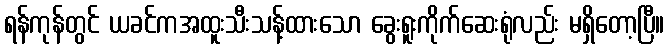
ရန်ကုန်တွင် ယခင်ကအထူးသီးသန့်ထားသော ခွေးရူးကိုက်ဆေးရုံလည်း မရှိတော့ပြီ။